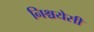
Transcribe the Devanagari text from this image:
निश्चयेसी